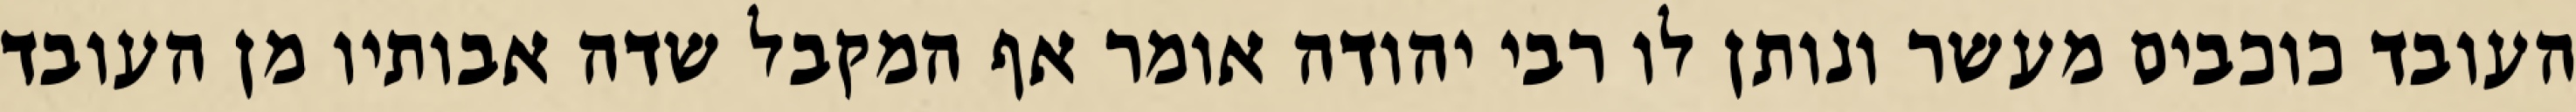
העובד כוכבים מעשר ונותן לו רבי יהודה אומר אף המקבל שדה אבותיו מן העובד